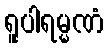
ရူပါရမ္မဏံ